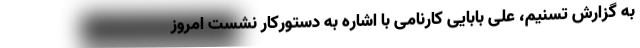
به گزارش تسنیم، علی بابایی کارنامی با اشاره به دستورکار نشست امروز